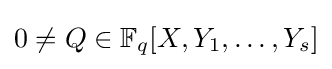
0\neq Q\in \mathbb {F} _{q}[X,Y_{1},\ldots ,Y_{s}]